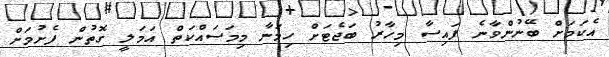
އެކަމަށް ބޭނުންވާނެ ފައިސާ މިހާރު ބަޖެޓަށް ހިމަނާ މިމަސައްކަތް އަމަލީ ގޮތުން ފެށުމަށް